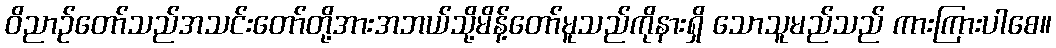
ဝိညာဉ်တော်သည်အသင်းတော်တို့အားအဘယ်သို့မိန့်တော်မူသည်ကိုနားရှိ သောသူမည်သည် ကားကြားပါစေ။